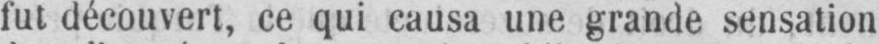
fut découvert, ce qui causa une grande sensation